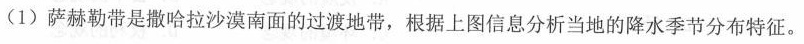
(1)萨赫勒带是撒哈拉沙漠南面的过渡地带，根据上图信息分析当地的降水季节分布特征。